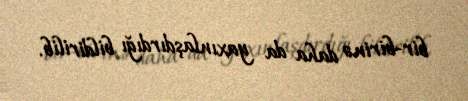
bir-birinə daha da yaxınlaşdırdığı bildirilib.